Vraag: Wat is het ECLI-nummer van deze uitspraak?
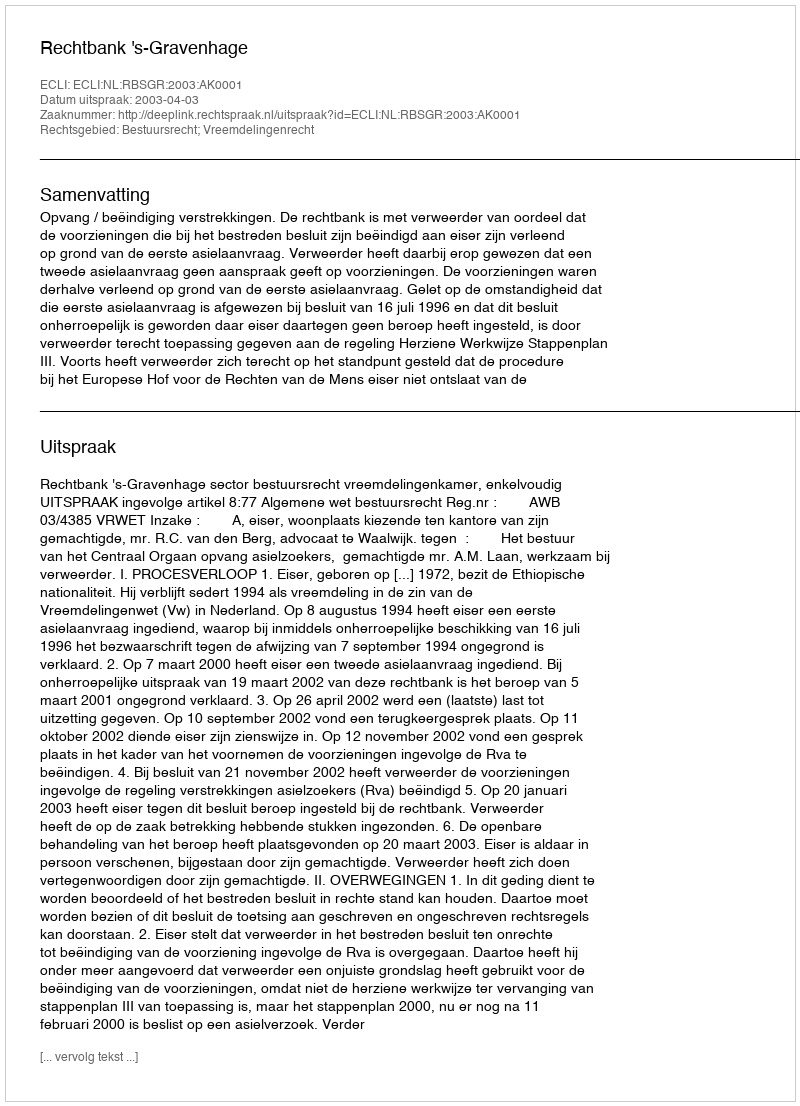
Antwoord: ECLI:NL:RBSGR:2003:AK0001